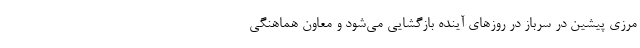
مرزی پیشین در سرباز در روزهای آینده بازگشایی می‌شود و معاون هماهنگی